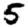
Digit: 5